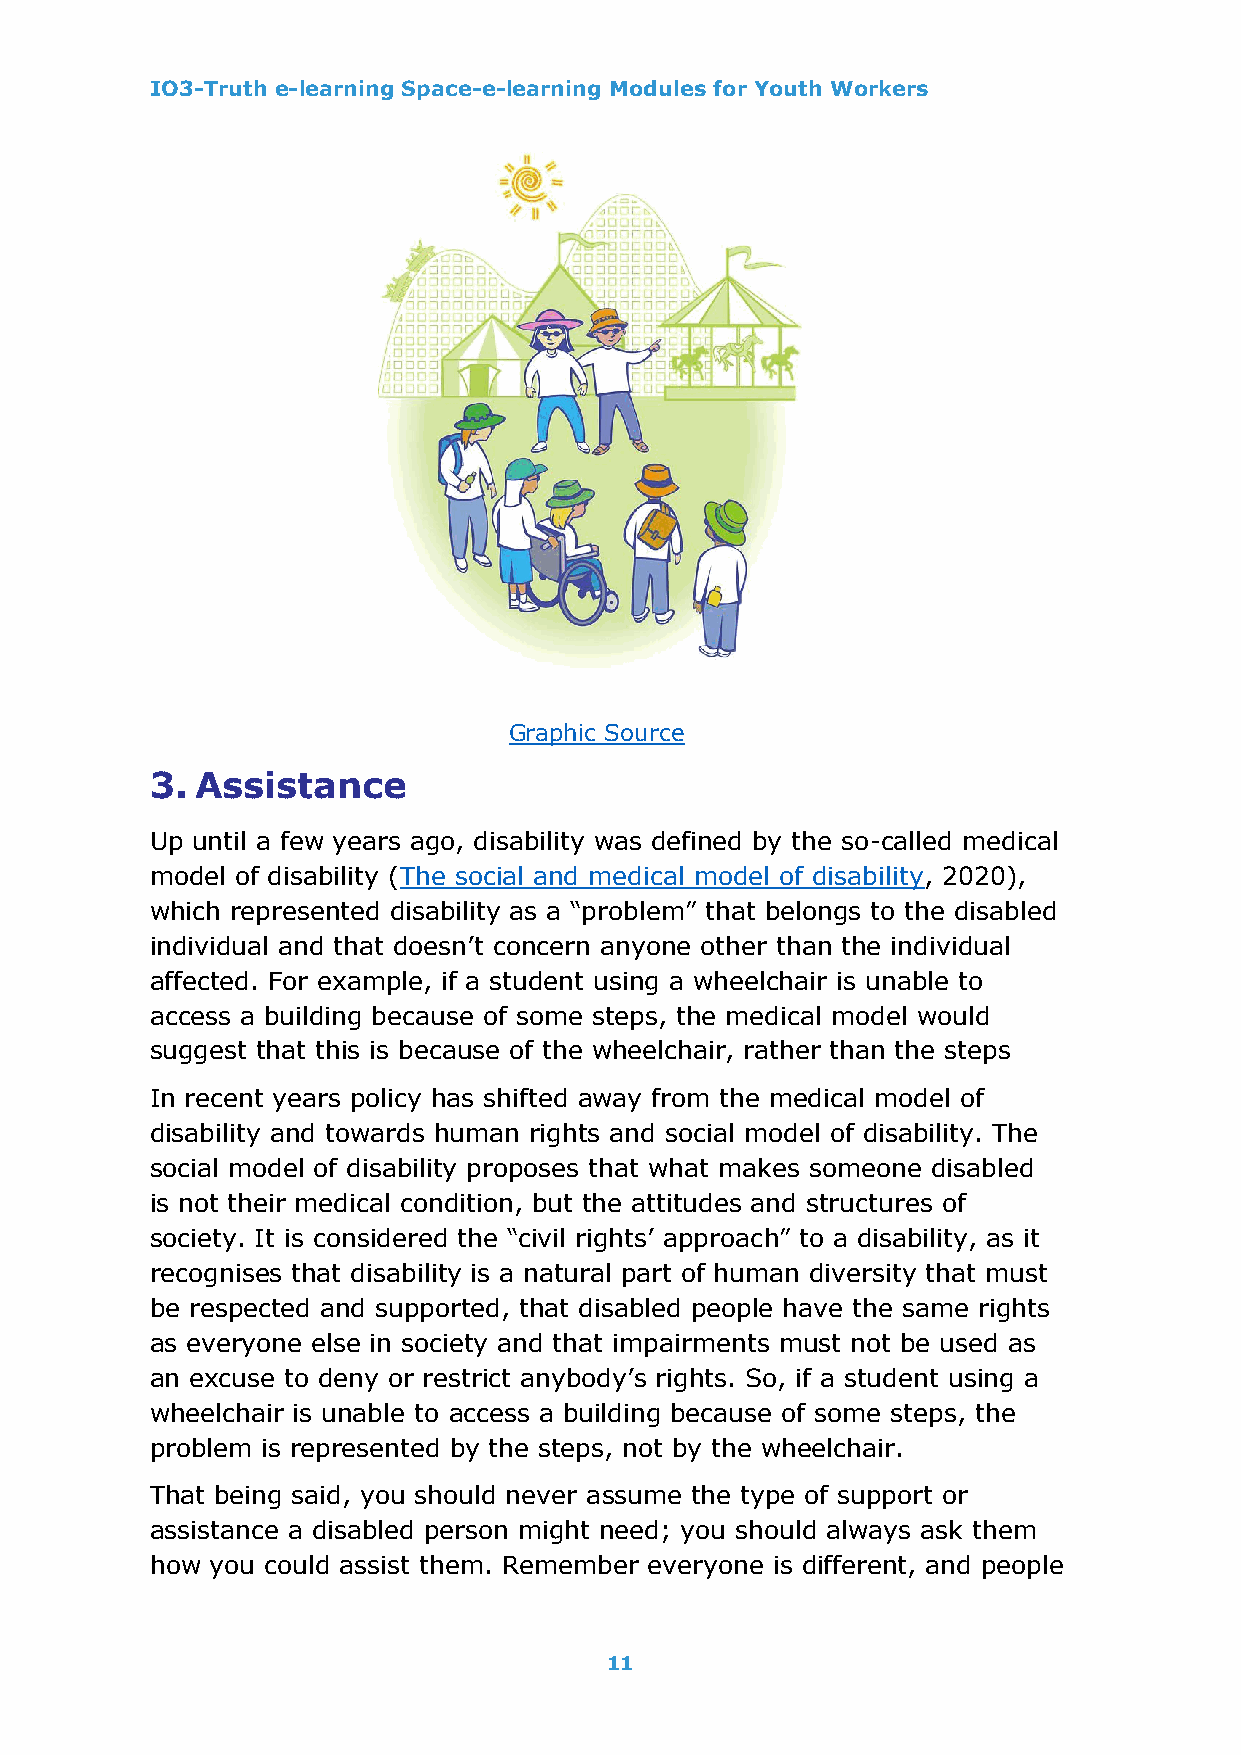
IO3-Truth e-learning Space-e-learning Modules for Youth Workers
 Graphic Source
 3. Assistance
 Up until a few years ago, disability was defined by the so-called medical
 model of disability (The social and medical model of disability, 2020),
 which represented disability as a “problem” that belongs to the disabled
 individual and that doesn’t concern anyone other than the individual
 affected. For example, if a student using a wheelchair is unable to
 access a building because of some steps, the medical model would
 suggest that this is because of the wheelchair, rather than the steps
 In recent years policy has shifted away from the medical model of
 disability and towards human rights and social model of disability. The
 social model of disability proposes that what makes someone disabled
 is not their medical condition, but the attitudes and structures of
 society. It is considered the “civil rights’ approach” to a disability, as it
 recognises that disability is a natural part of human diversity that must
 be respected and supported, that disabled people have the same rights
 as everyone else in society and that impairments must not be used as
 an excuse to deny or restrict anybody’s rights. So, if a student using a
 wheelchair is unable to access a building because of some steps, the
 problem is represented by the steps, not by the wheelchair.
 That being said, you should never assume the type of support or
 assistance a disabled person might need; you should always ask them
 how you could assist them. Remember everyone is different, and people
 11